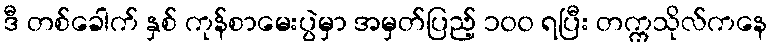
ဒီ တစ်ခေါက် နှစ် ကုန်စာမေးပွဲမှာ အမှတ်ပြည့် ၁၀၀ ရပြီး တက္ကသိုလ်ကနေ